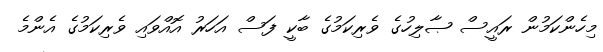
މިހެންކަމުން ރައީސް ޞާލިހުގެ ވެރިކަމުގެ ބާކީ ފަސް އަހަރު އޮއްވައި ވެރިކަމުގެ އެންމެ